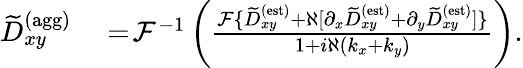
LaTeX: \begin{array}{rl}{\widetilde{D}_{xy}^{\textrm{(agg)}}}&{{}=\! \mathcal{F}^{-1}\left(\frac{\mathcal{F}\{ \widetilde{D}_{xy}^{\textrm{(est)}}+\aleph[\partial_{x}\widetilde{D}_{xy}^{\textrm{(est)}}+\partial_{y}\widetilde{D}_{xy}^{\textrm{(est)}}]\} }{1+i\aleph(k_{x}+k_{y})}\right).}\end{array}